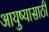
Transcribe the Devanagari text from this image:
आयुष्यासाठी